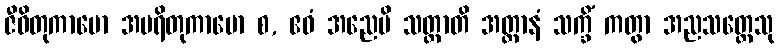
ဇီဝိတုကာမော အမရိတုကာမော စ, ဧဝံ အညေပိ သတ္တာတိ အတ္တာနံ သက္ခိံ ကတွာ အညသတ္တေသု